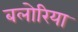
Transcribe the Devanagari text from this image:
बलोरिया